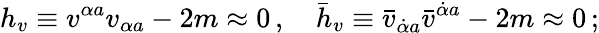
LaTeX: h_{v}\equiv v^{\alpha a}v_{\alpha a}-2m\approx 0\, ,\quad\bar{h}_{v}\equiv\bar{v}_{\dot{\alpha}a}\bar{v}^{\dot{\alpha}a}-2m\approx 0\, ;